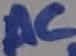
Text: AC